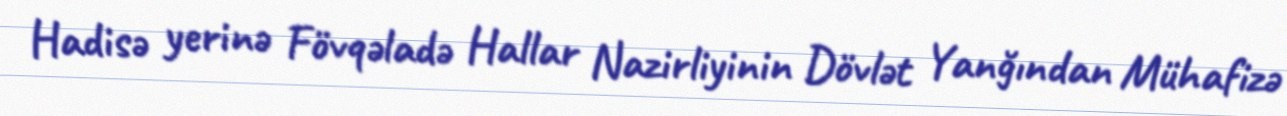
Hadisə yerinə Fövqəladə Hallar Nazirliyinin Dövlət Yanğından Mühafizə